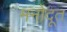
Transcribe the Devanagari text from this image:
मनोदूत